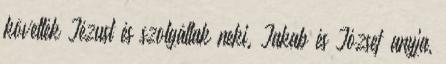
követték Jézust és szolgáltak neki. Jakab és József anyja,